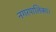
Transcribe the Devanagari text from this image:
नगरपालिका।